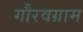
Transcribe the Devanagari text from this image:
गौरवग्राम